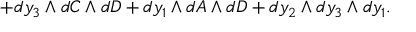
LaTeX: + d y _ { 3 } \wedge d C \wedge d D + d y _ { 1 } \wedge d A \wedge d D + d y _ { 2 } \wedge d y _ { 3 } \wedge d y _ { 1 } .